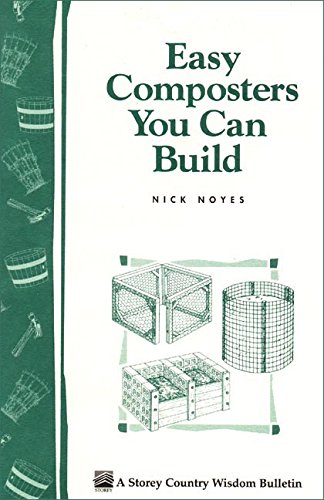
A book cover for Easy Composters You Can Build; Nick Noyes; Crafts, Hobbies & Home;